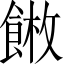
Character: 𩜫